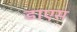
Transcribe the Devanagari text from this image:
डाएस